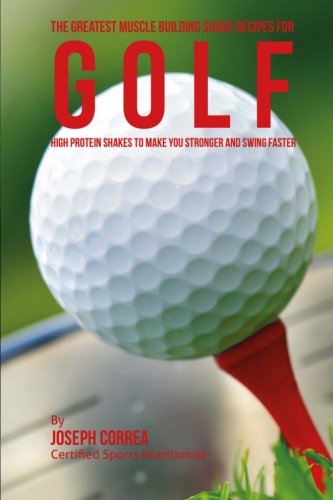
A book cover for The Greatest Muscle Building Shake Recipes for Golf: High Protein Shakes to Make You Stronger and Swing Faster; Joseph Correa (Certified Sports Nutritionist); Sports & Outdoors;